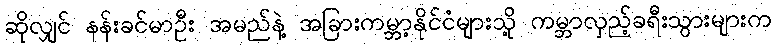
ဆိုလျှင် နန်းခင်မာဦး အမည်နဲ့ အခြားကမ္ဘာ့နိုင်ငံများသို့ ကမ္ဘာလှည့်ခရီးသွားများက